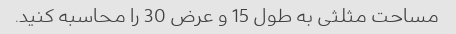
مساحت مثلثی به طول 15 و عرض 30 را محاسبه کنید.